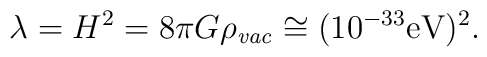
\lambda = H^2 = 8\pi G\rho_{\it vac}\cong (10^{-33}\rm eV)^{2}.